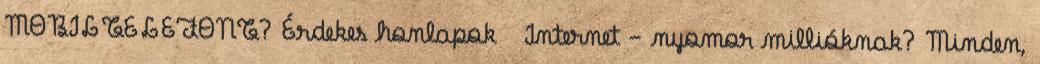
MOBILTELEFONT? Érdekes honlapok Internet - nyomor millióknak? Minden,